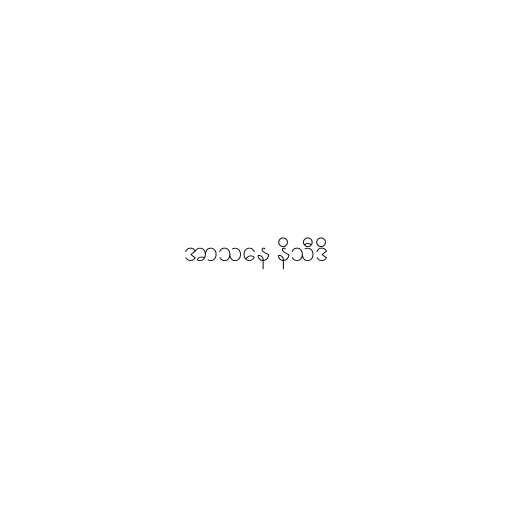
အာသနေ နိသီဒိ